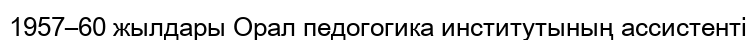
1957–60 жылдары Орал педогогика институтының ассистенті